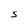
Character: S